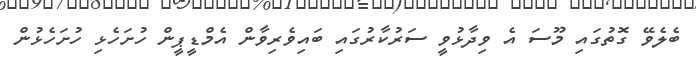
ބެލެވޭ ގޮތުގައި މޫސަ އެ ވިދާޅުވީ ސަރުކާރުގައި ބައިވެރިވާން އެމްޑީޕީން ހުށަހެޅި ހުށަހެޅުން